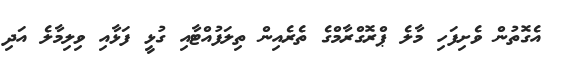
އެގޮތުން ވެށިފަހި މާލެ ޕްރޮގްރާމްގެ ތެރެއިން ތިލަފުއްޓާއި ގުޅީ ފަޅާއި ވިލިމާލެ އަދި